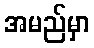
အမည်မှာ